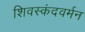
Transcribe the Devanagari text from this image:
शिवस्कंदवर्मन